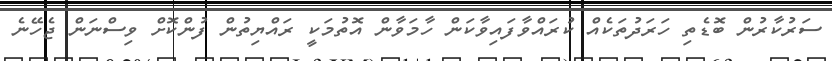
ސަރުކާރުން ބޮޑެތި ހަރަދުތަކެއް ކުރައްވާފައިވާކަން ހާމަވާން އޮތުމަކީ ރައްޔިތުން ފުންކޮށް ވިސްނަން ޖެހޭނެ